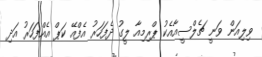
ވިލިއަން ވަނީ ޗެލްސީއާއެކު ޕްރިމިއާ ލީގު ދެފަހަރު އެފްއޭ ކަޕް އެއްފަހަރު އަދި